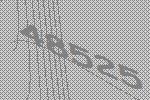
48525